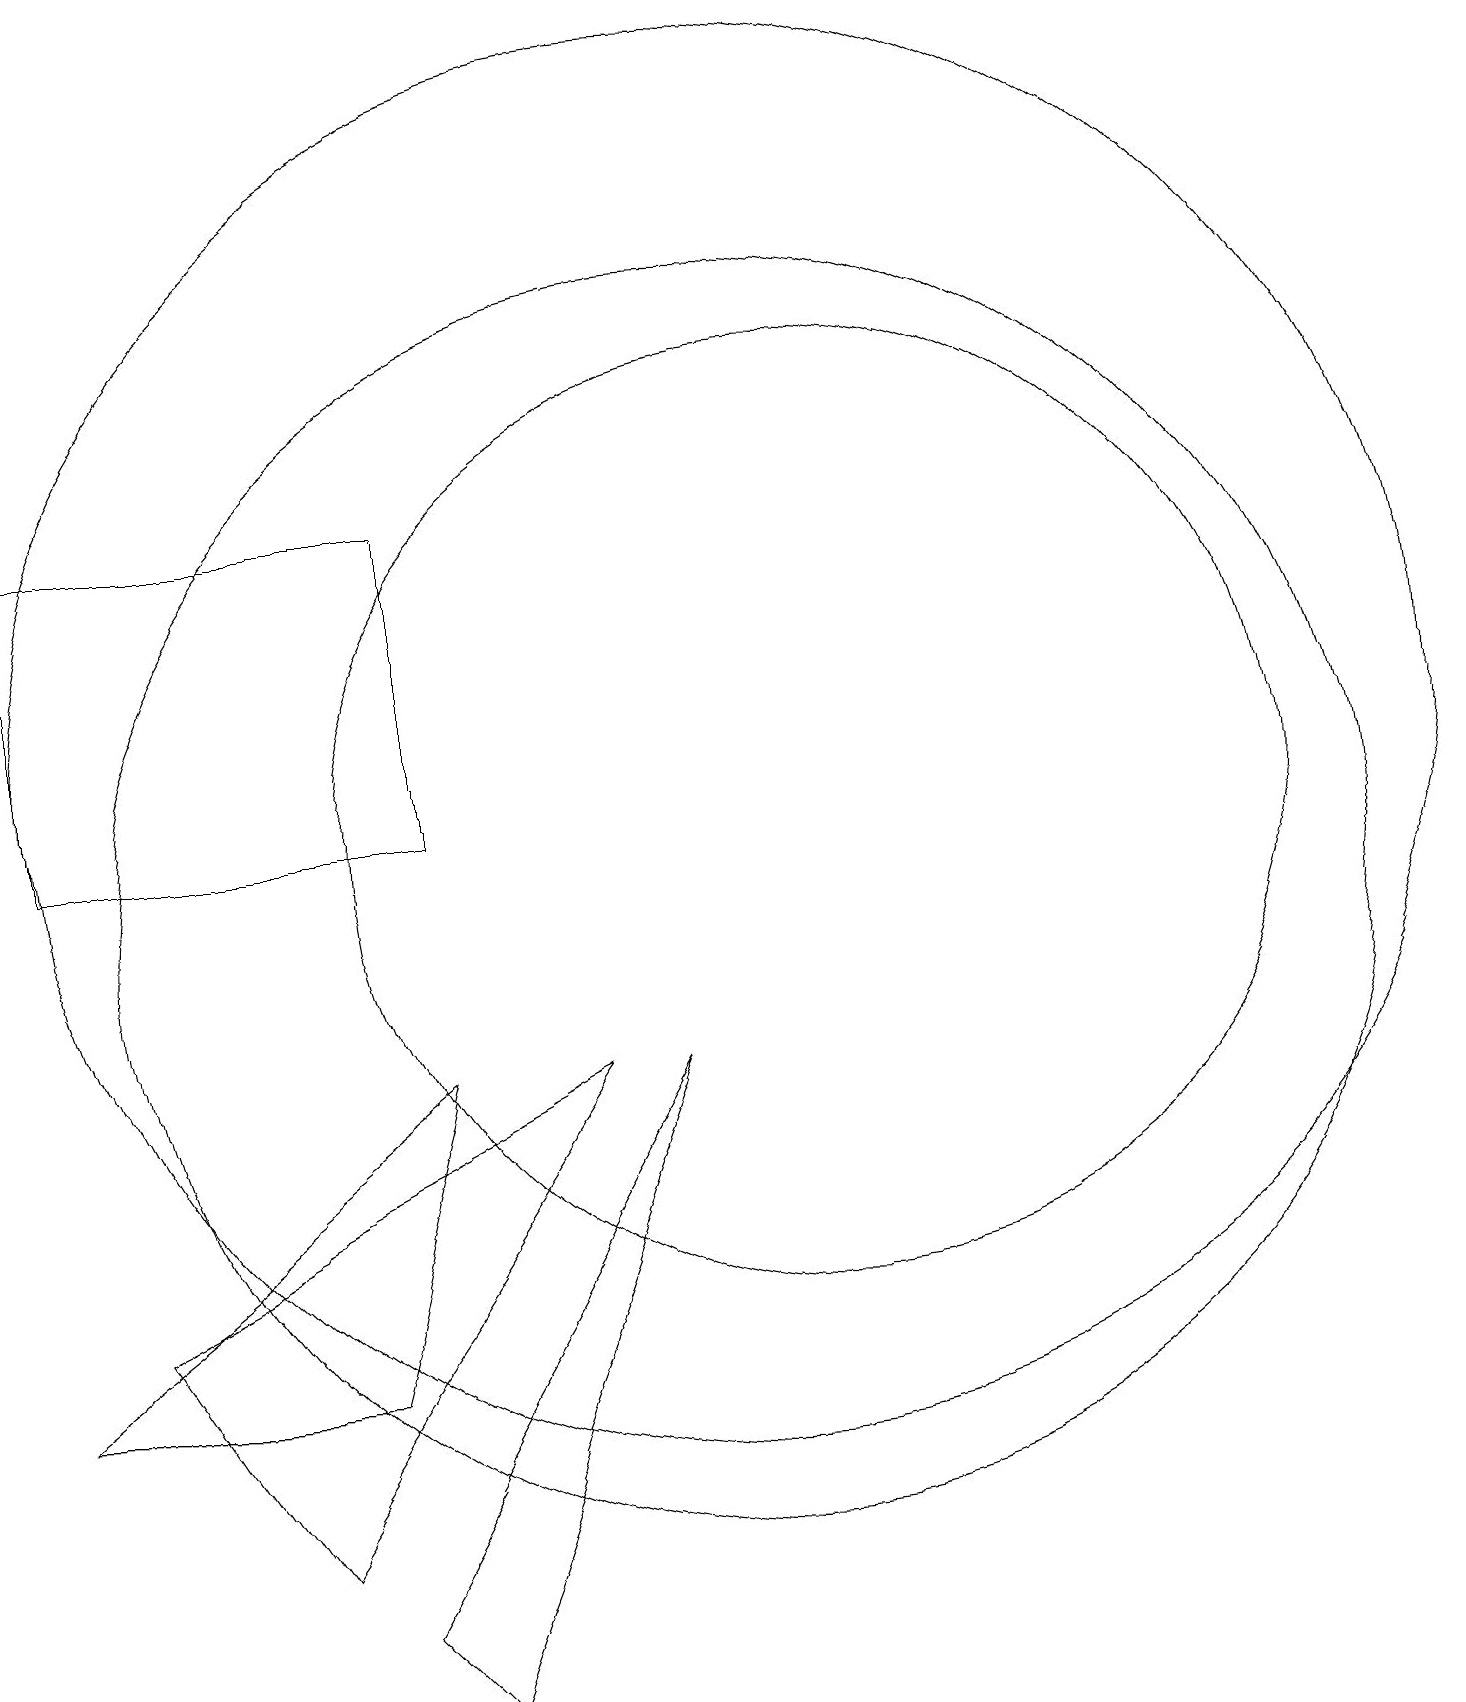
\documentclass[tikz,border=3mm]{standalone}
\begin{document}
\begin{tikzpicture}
\draw (6,11) rectangle (1,15);
\draw (10,12) circle (9);
\draw (1,4) -- (5,4) -- (6,8) -- cycle;
\draw (5,1) -- (9,8) -- (6,0) -- cycle;
\draw (11,11) circle (6);
\draw (2,5) -- (8,8) -- (4,2) -- cycle;
\draw (10,10) circle (8);
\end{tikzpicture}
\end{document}